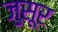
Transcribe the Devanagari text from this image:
जुसूर